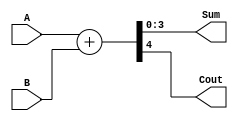
`timescale 1ns / 1ps
//////////////////////////////////////////////////////////////////////////////////
// Company: 
// Engineer: 
// 
// Design Name: 
// Module Name:    FourBitAdder 
// Project Name: 
// Target Devices: 
// Tool versions: 
// Description: 
//
// Dependencies: 
//
// Revision: 
// Revision 0.01 - File Created
// Additional Comments: 
//
//////////////////////////////////////////////////////////////////////////////////
module FourBitAdder(
    input [3:0] A,
    input [3:0] B,
    output [3:0] Sum,
    output Cout
    );

	assign {Cout, Sum} = {1'b0,A} + {1'b0,B};//Add numbers A and B.
endmodule